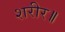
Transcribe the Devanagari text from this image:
शरीर॥